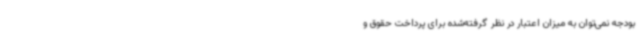
بودجه نمی‌توان به میزان اعتبار در نظر گرفته‌شده برای پرداخت حقوق و